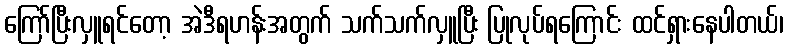
ကြော်ပြီးလှူရင်တော့ အဲဒီရဟန်းအတွက် သက်သက်လှူပြီး ပြုလုပ်ရကြောင်း ထင်ရှားနေပါတယ်၊